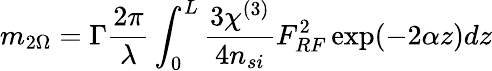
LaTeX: m_{2\Omega}=\Gamma\frac{2\pi}{\lambda}\int_{0}^{L}\frac{3\chi^{(3)}}{4n_{si}}F_{RF}^{2}\exp(-2\alpha z)dz